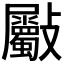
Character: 𣀻